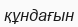
құндағын